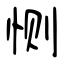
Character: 恻